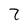
Character: 7